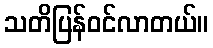
သတိပြန်ဝင်လာတယ်။